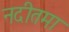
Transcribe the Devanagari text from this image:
नदीतमा